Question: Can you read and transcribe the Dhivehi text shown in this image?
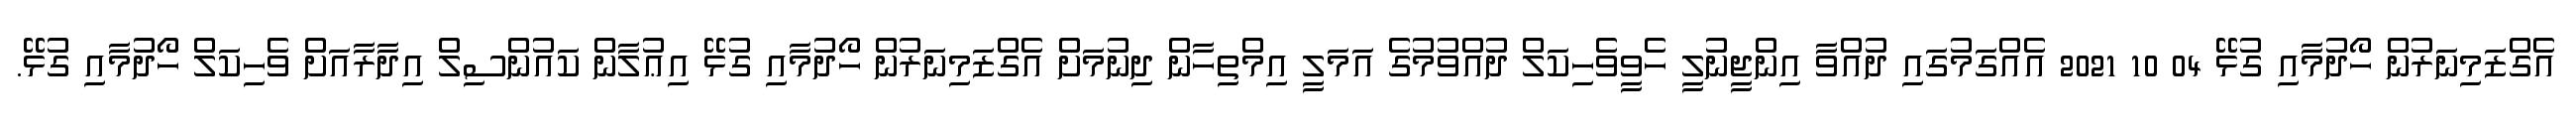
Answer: އެގްޒަމިނަރުން ހޯދުމާއި ގުޅޭ 04 10 2021 އެއްގަމުގައި ދުއްވާ އިންޖީނުލީ ހެވީވެހިކަލް ދުއްވުމުގެ އަމަލީ އިމްތިހާން ދިނުމަށް އެގްޒަމިނަރުން ހޯދުމާއި ގުޅޭ އިޢުލާން ކައުންސިލް އިދާރާއަށް ވެހިކަލް ހޯދުމާއި ގުޅޭ.